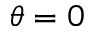
\theta = 0